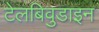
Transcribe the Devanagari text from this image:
टेलबिवुडाइन